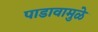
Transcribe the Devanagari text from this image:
पाडावामुळे